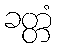
ခတ္တံ